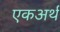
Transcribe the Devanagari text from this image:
एकअर्थ